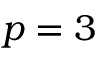
p = 3